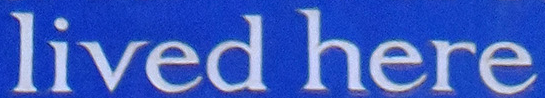
lived here